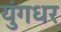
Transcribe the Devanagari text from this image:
युंगधर